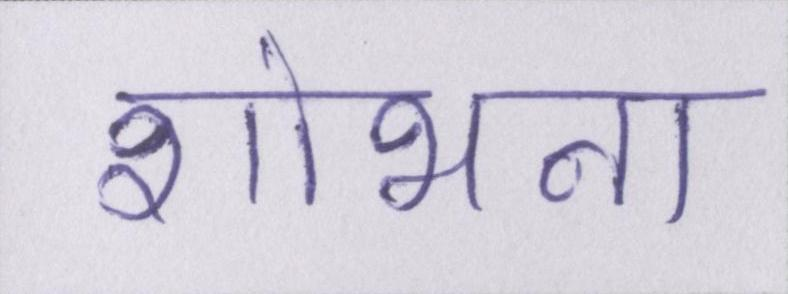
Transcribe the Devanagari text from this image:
शोभना